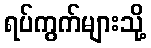
ရပ်ကွက်များသို့